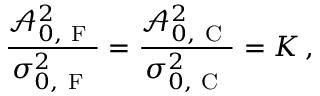
\frac { \mathcal { A } _ { 0 , \mathrm { ~ F ~ } } ^ { 2 } } { \sigma _ { 0 , \mathrm { ~ F ~ } } ^ { 2 } } = \frac { \mathcal { A } _ { 0 , \mathrm { ~ C ~ } } ^ { 2 } } { \sigma _ { 0 , \mathrm { ~ C ~ } } ^ { 2 } } = K \, ,